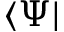
\langle \Psi |